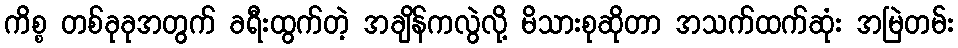
ကိစ္စ တစ်ခုခုအတွက် ခရီးထွက်တဲ့ အချိန်ကလွဲလို့ မိသားစုဆိုတာ အသက်ထက်ဆုံး အမြဲတမ်း